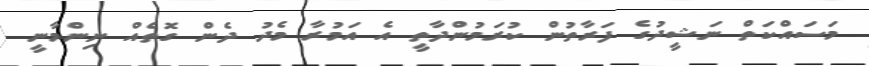
މަސައްކަތް ނަޝީދުގެ ފަރާތުން ކުރަމުންދާތީ އެ އަމުރާ މެދު ދެން ގޮތެއް ނިންމާނީ